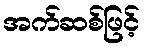
အက်ဆစ်ဖြင့်